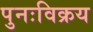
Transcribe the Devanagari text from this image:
पुनःविक्रय